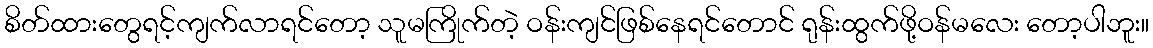
စိတ်ထားတွေရင့်ကျက်လာရင်တော့ သူမကြိုက်တဲ့ ဝန်းကျင်ဖြစ်နေရင်တောင် ရုန်းထွက်ဖို့ဝန်မလေး တော့ပါဘူး။